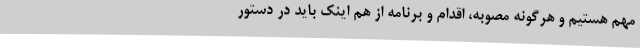
مهم هستیم و هرگونه مصوبه، اقدام و برنامه از هم اینک باید در دستور